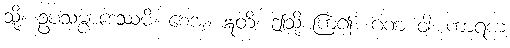
သို့။ ဥပသမ္ပာဒေဿမိ၊ စေအံ့။ ဣတိ၊ ဤသို့ ကြံ၍။ ဂဏံ ဝါ၊ ကာရက